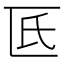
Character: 𠥯